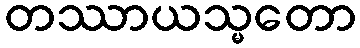
တဿာယသ္မတော